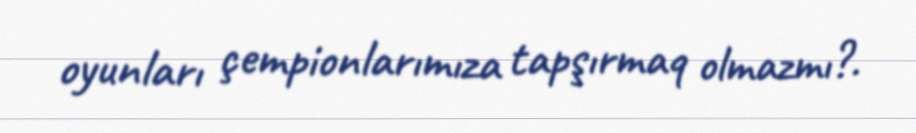
oyunları çempionlarımıza tapşırmaq olmazmı?.